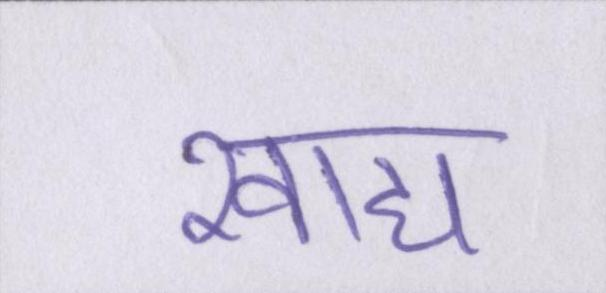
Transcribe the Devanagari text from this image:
खाद्य